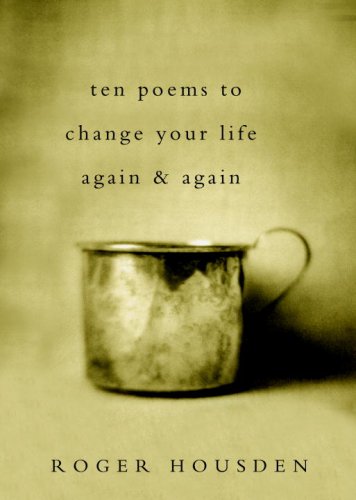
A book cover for Ten Poems to Change Your Life Again and Again; Roger Housden; Literature & Fiction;